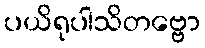
ပယိရုပါသိတဗ္ဗော